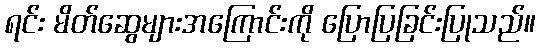
ရင်း မိတ်ဆွေများအကြောင်းကို ပြောပြခြင်းပြုသည်။